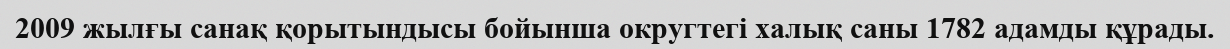
2009 жылғы санақ қорытындысы бойынша округтегі халық саны 1782 адамды құрады.